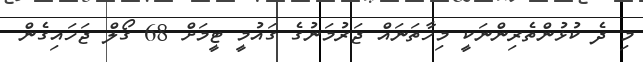
މި ދެ ކުޅުންތެރިންނަކީ މިހާތަނައް ޖަރުމަނުގެ ގައުމީ ޓީމަށް 68 ގޯލް ޖަހައިގެން